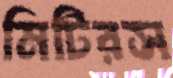
মিটিরস